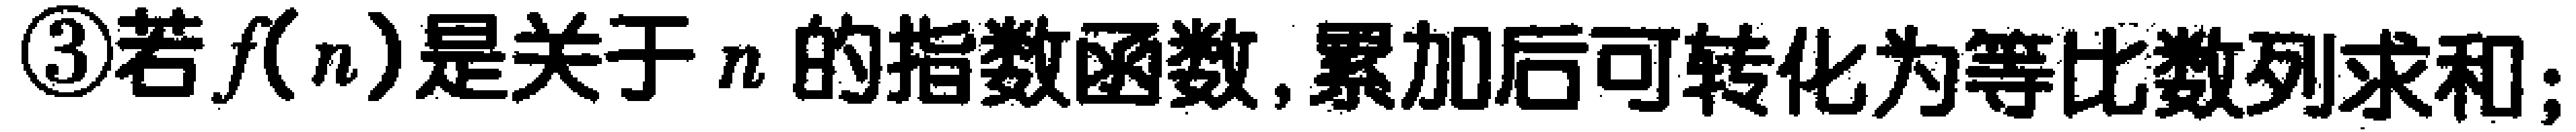
\textcircled{3}若\(f(n)\)是关于\(n\)的指数函数,累加后可转化为等比数列求和;